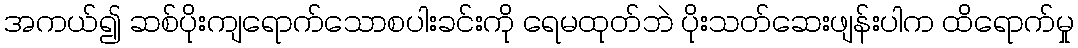
အကယ်၍ ဆစ်ပိုးကျရောက်သောစပါးခင်းကို ရေမထုတ်ဘဲ ပိုးသတ်ဆေးဖျန်းပါက ထိရောက်မှု